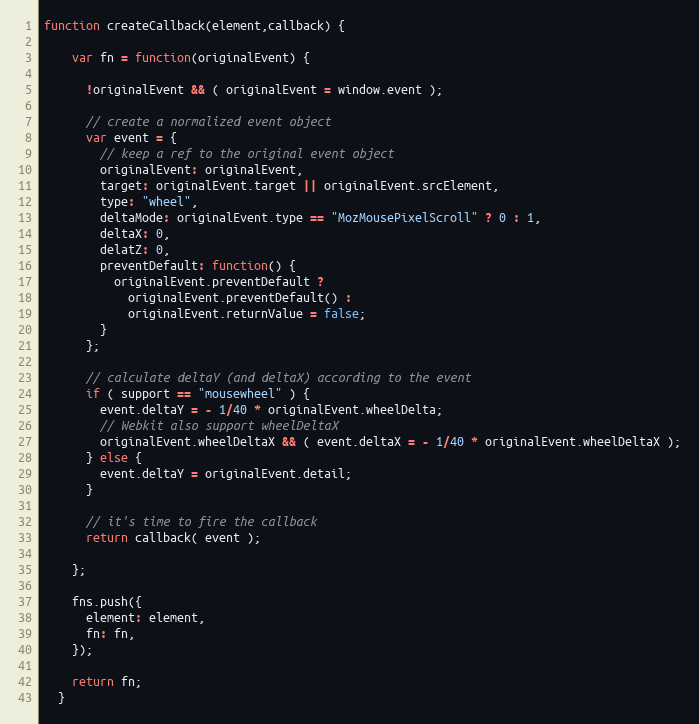
Language: JavaScript
function createCallback(element,callback) {

    var fn = function(originalEvent) {

      !originalEvent && ( originalEvent = window.event );

      // create a normalized event object
      var event = {
        // keep a ref to the original event object
        originalEvent: originalEvent,
        target: originalEvent.target || originalEvent.srcElement,
        type: "wheel",
        deltaMode: originalEvent.type == "MozMousePixelScroll" ? 0 : 1,
        deltaX: 0,
        delatZ: 0,
        preventDefault: function() {
          originalEvent.preventDefault ?
            originalEvent.preventDefault() :
            originalEvent.returnValue = false;
        }
      };

      // calculate deltaY (and deltaX) according to the event
      if ( support == "mousewheel" ) {
        event.deltaY = - 1/40 * originalEvent.wheelDelta;
        // Webkit also support wheelDeltaX
        originalEvent.wheelDeltaX && ( event.deltaX = - 1/40 * originalEvent.wheelDeltaX );
      } else {
        event.deltaY = originalEvent.detail;
      }

      // it's time to fire the callback
      return callback( event );

    };

    fns.push({
      element: element,
      fn: fn,
    });

    return fn;
  }